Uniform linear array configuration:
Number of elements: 48
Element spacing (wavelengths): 0.5
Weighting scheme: kaiser
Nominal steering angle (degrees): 30
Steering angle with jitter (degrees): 29.795
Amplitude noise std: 0.05
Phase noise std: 0.05

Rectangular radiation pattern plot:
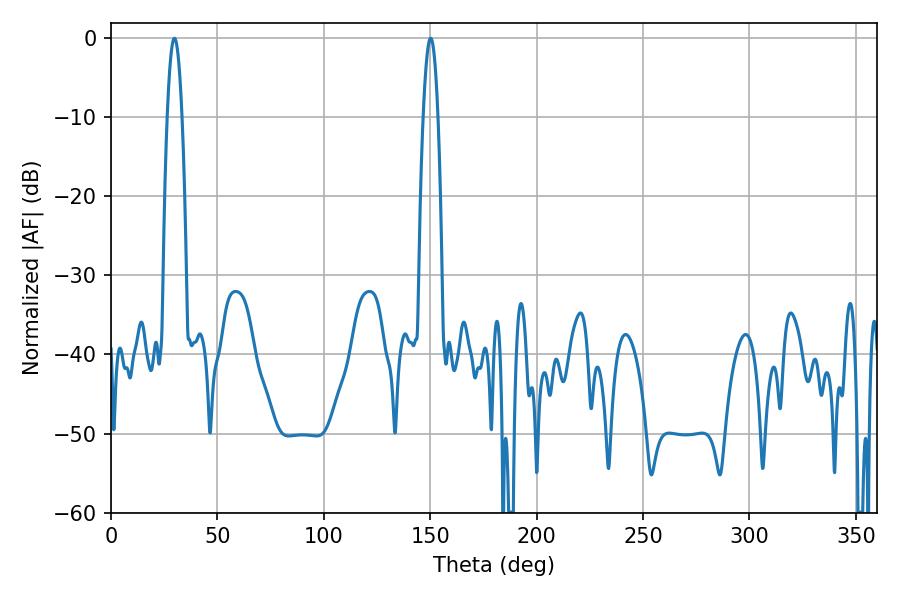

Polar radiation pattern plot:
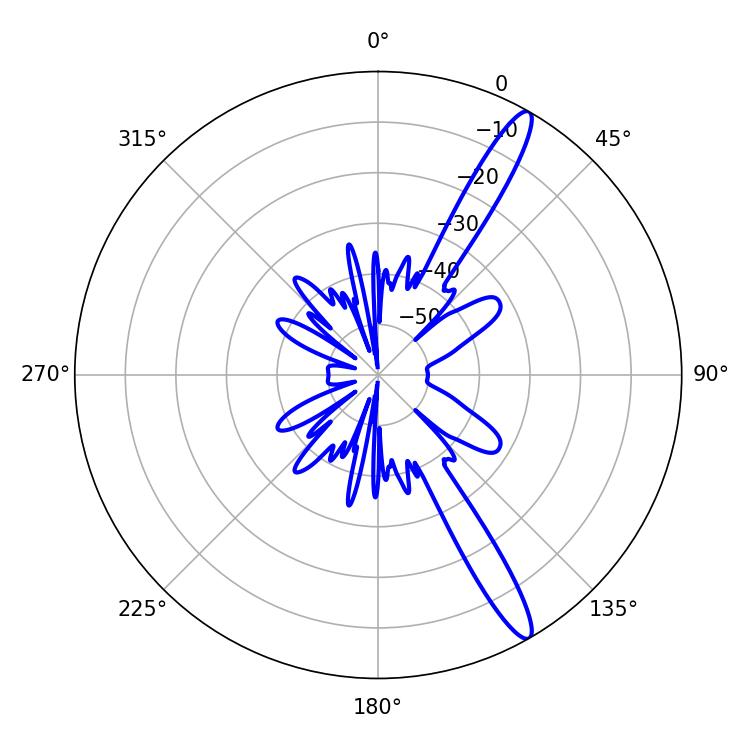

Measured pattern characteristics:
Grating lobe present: FALSE
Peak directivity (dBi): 14.419
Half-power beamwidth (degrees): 3.78
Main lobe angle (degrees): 29.88